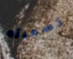
تسميته